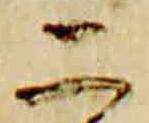
二